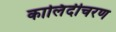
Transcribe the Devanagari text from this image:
कालिंदीचरण